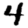
Digit: 4